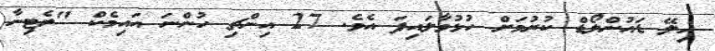
ހިލޭ ޑައުންލޯޑް ކުރުމަށް ހުޅުވާލައިފަ އެވެ. 27 އިންޗި ހުންނަ އައިމެކް "ރެޓިނާ